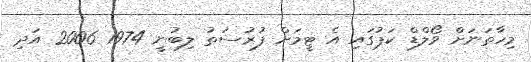
މިހާތަނަށް ވޯލްޑް ކަޕުގައި އެ ޓީމަށް ފުރުސަތު ލިބުނީ 1974 2006 އަދި